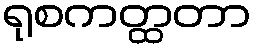
ရုစကတ္ထတာ